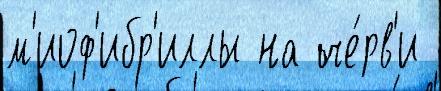
м'иоф'ибр'иллы на че́рв'и